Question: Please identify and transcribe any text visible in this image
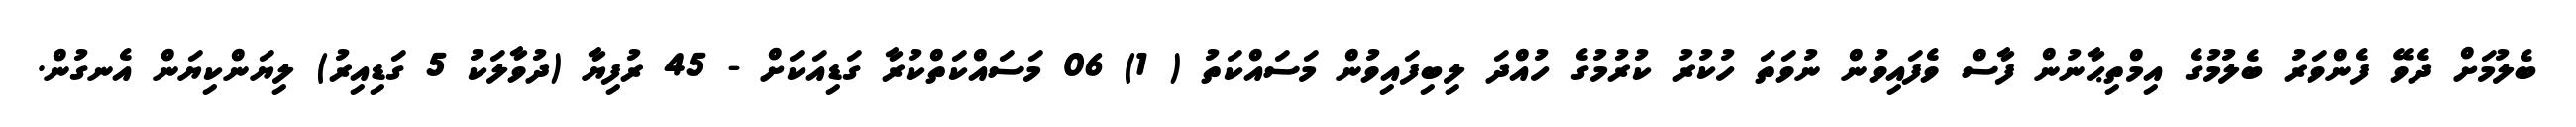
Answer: ބެލުމަށް ދެވޭ ފެންވަރު ބެލުމުގެ އިމްތިޙާނުން ފާސް ވެފައިވުން ނުވަތަ ހުކުރު ކުރުމުގެ ހުއްދަ ލިބިފައިވުން މަސައްކަތު ( 1) 06 މަސައްކަތްކުރާ ގަޑިއަކަށް - 45 ރުފިޔާ (ދުވާލަކު 5 ގަޑިއިރު) ލިޔަންކިޔަން އެނގުން.